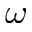
\boldsymbol { \omega }